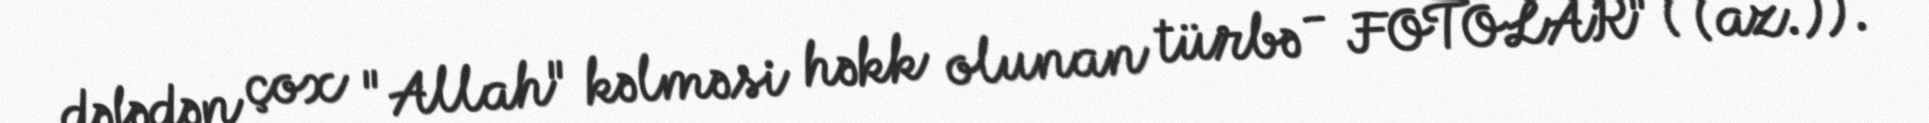
dəfədən çox "Allah" kəlməsi həkk olunan türbə - FOTOLAR" ( (az.)).